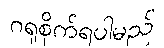
ဂရုစိုက်ရပါမည်